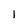
Character: 1